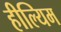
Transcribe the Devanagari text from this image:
हील्यिम